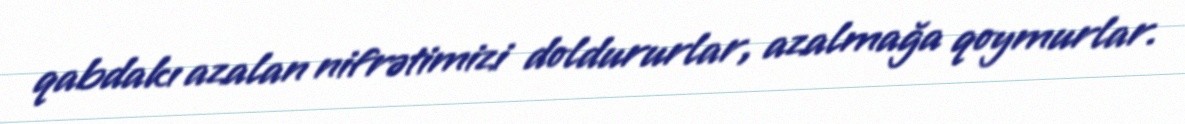
qabdakı azalan nifrətimizi doldururlar, azalmağa qoymurlar.